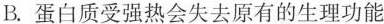
B.蛋白质受强热会失去原有的生理功能